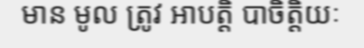
មាន មូល ត្រូវ អាបត្តិ បាចិត្តិយៈ